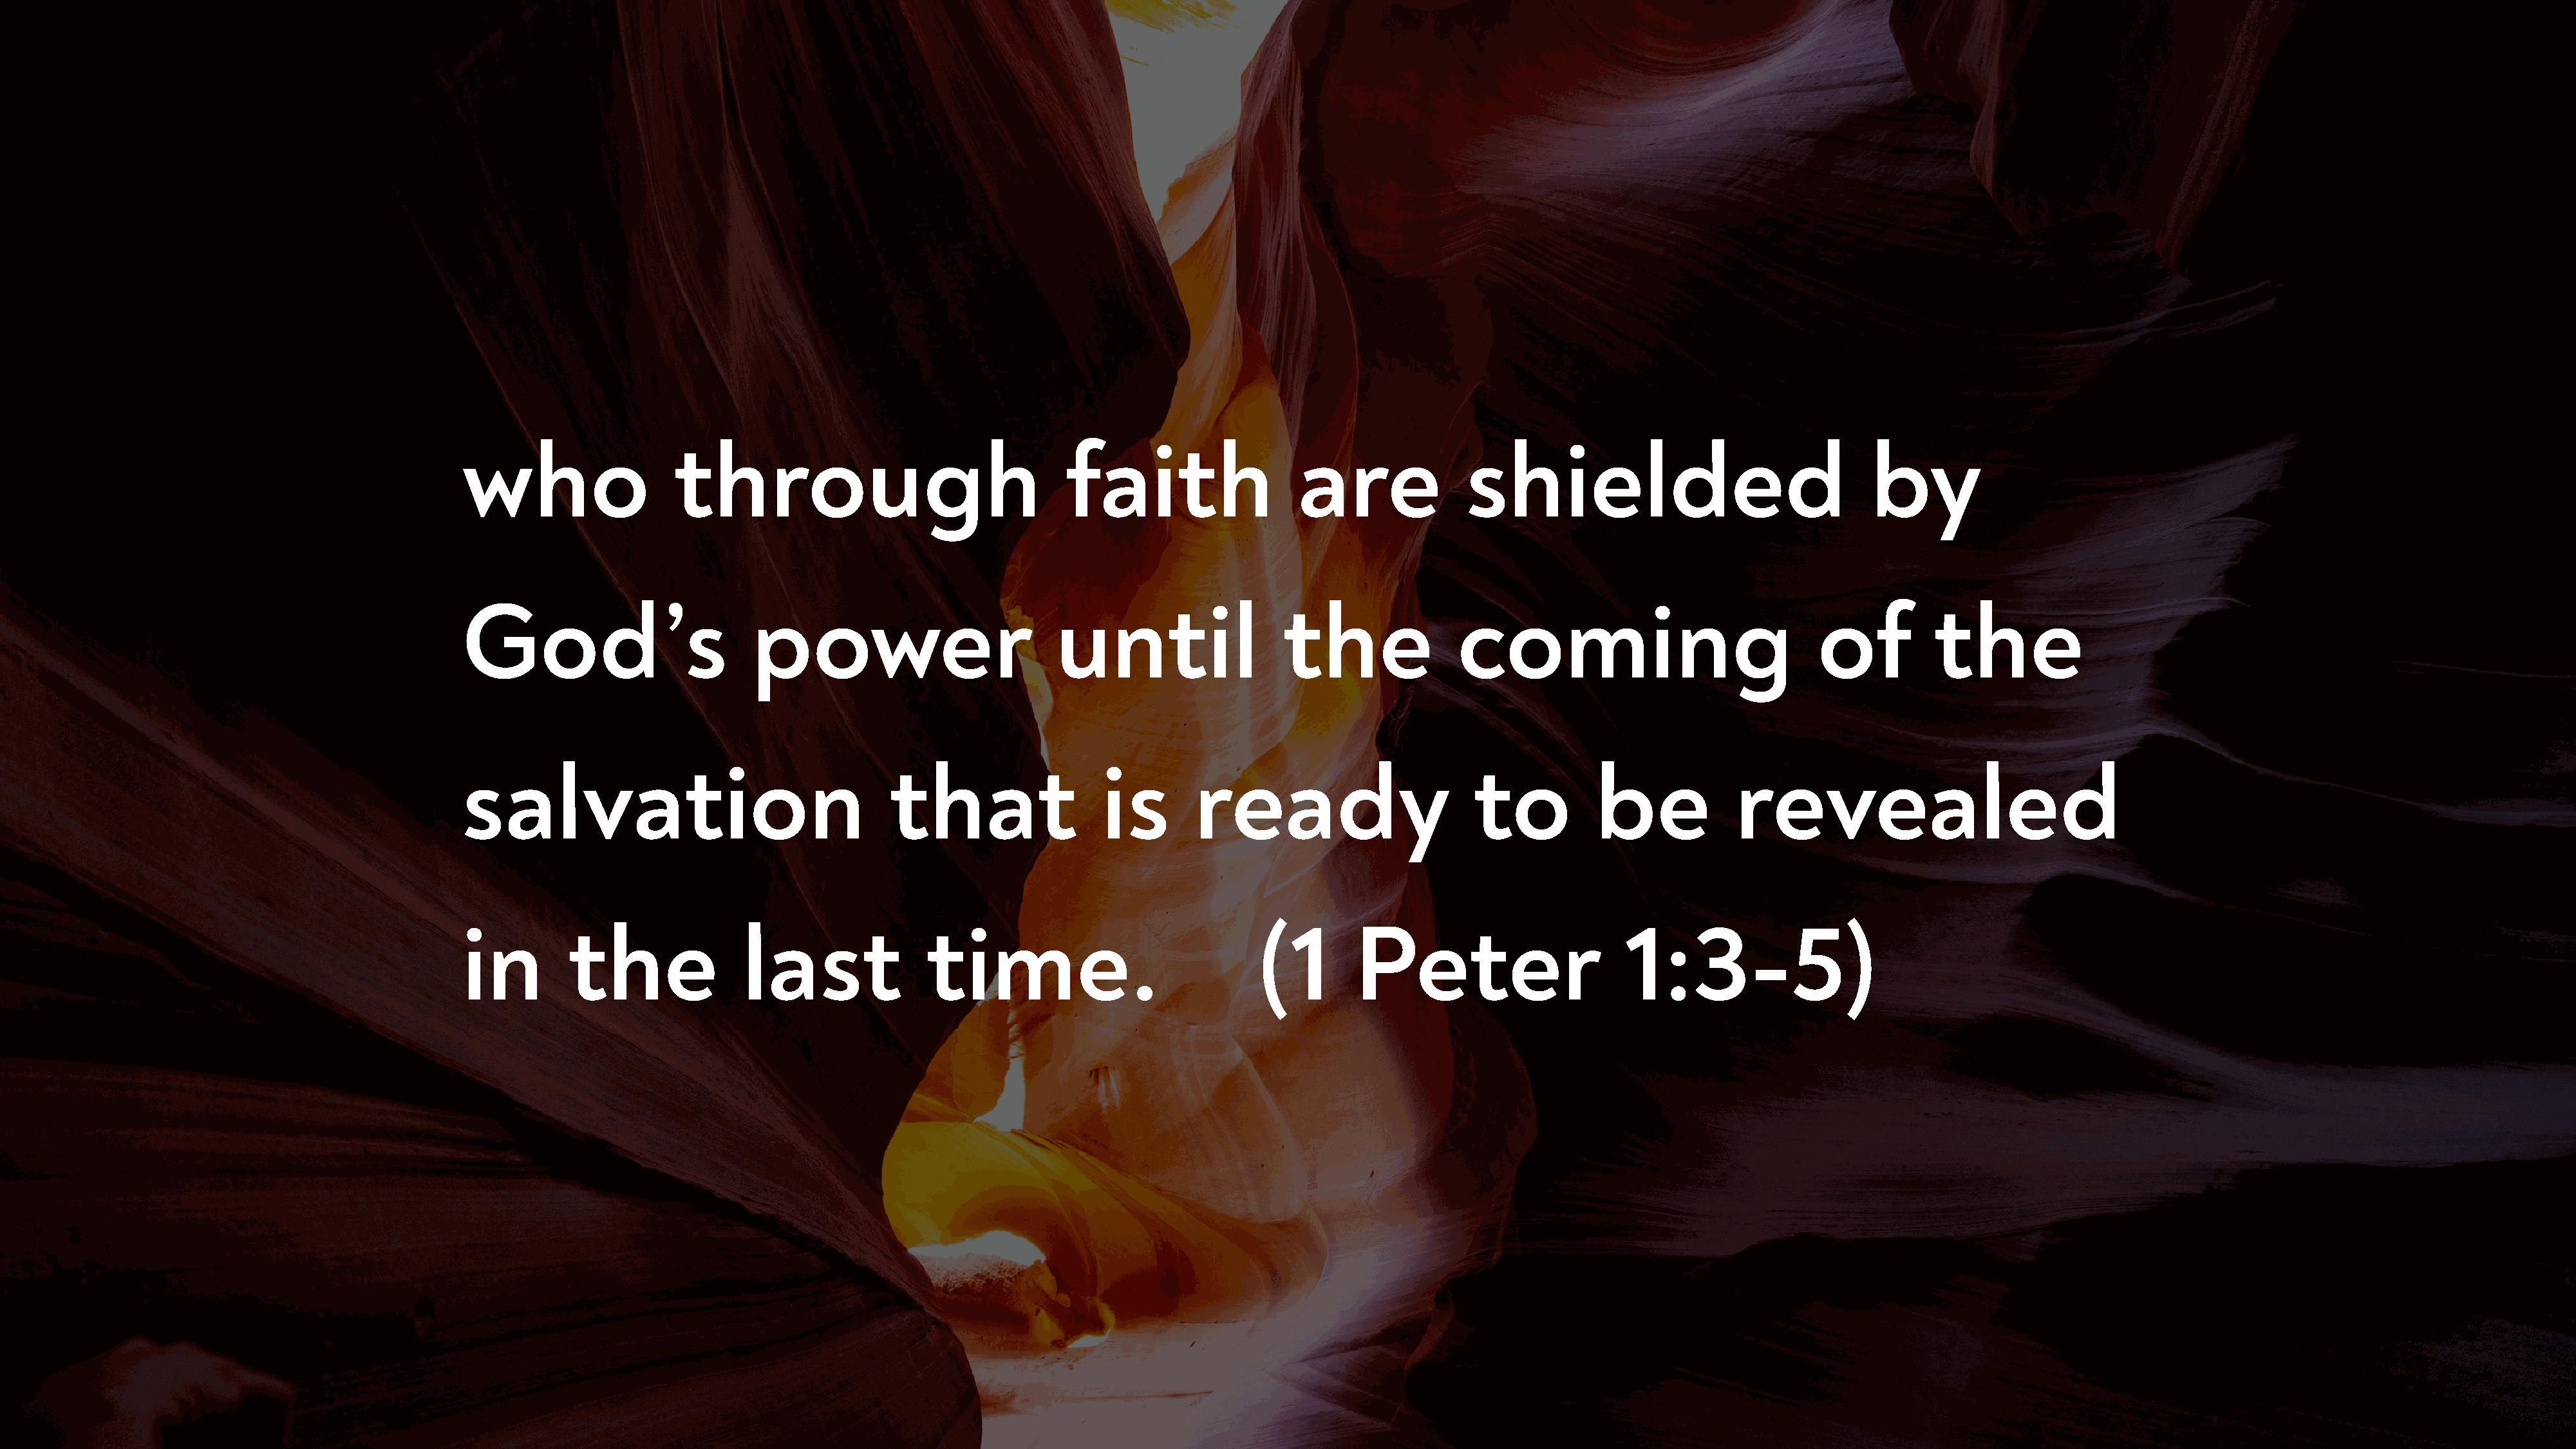
who                   through                                  faith                  are               shielded                                 by
 God’s                         power                           until                  the               coming                               of          the
 salvation                                   that                  is        ready                       to           be            revealed
 in         the               last               time.                             (1        Peter                       1:3-5)